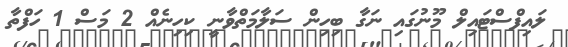
ލައިފްސްޓައިލް މޫނުގައި ނަގާ ބިހިން ސަލާމަތްވާނީ ކިހިނެއް 2 މަސް 1 ހަފްތާ